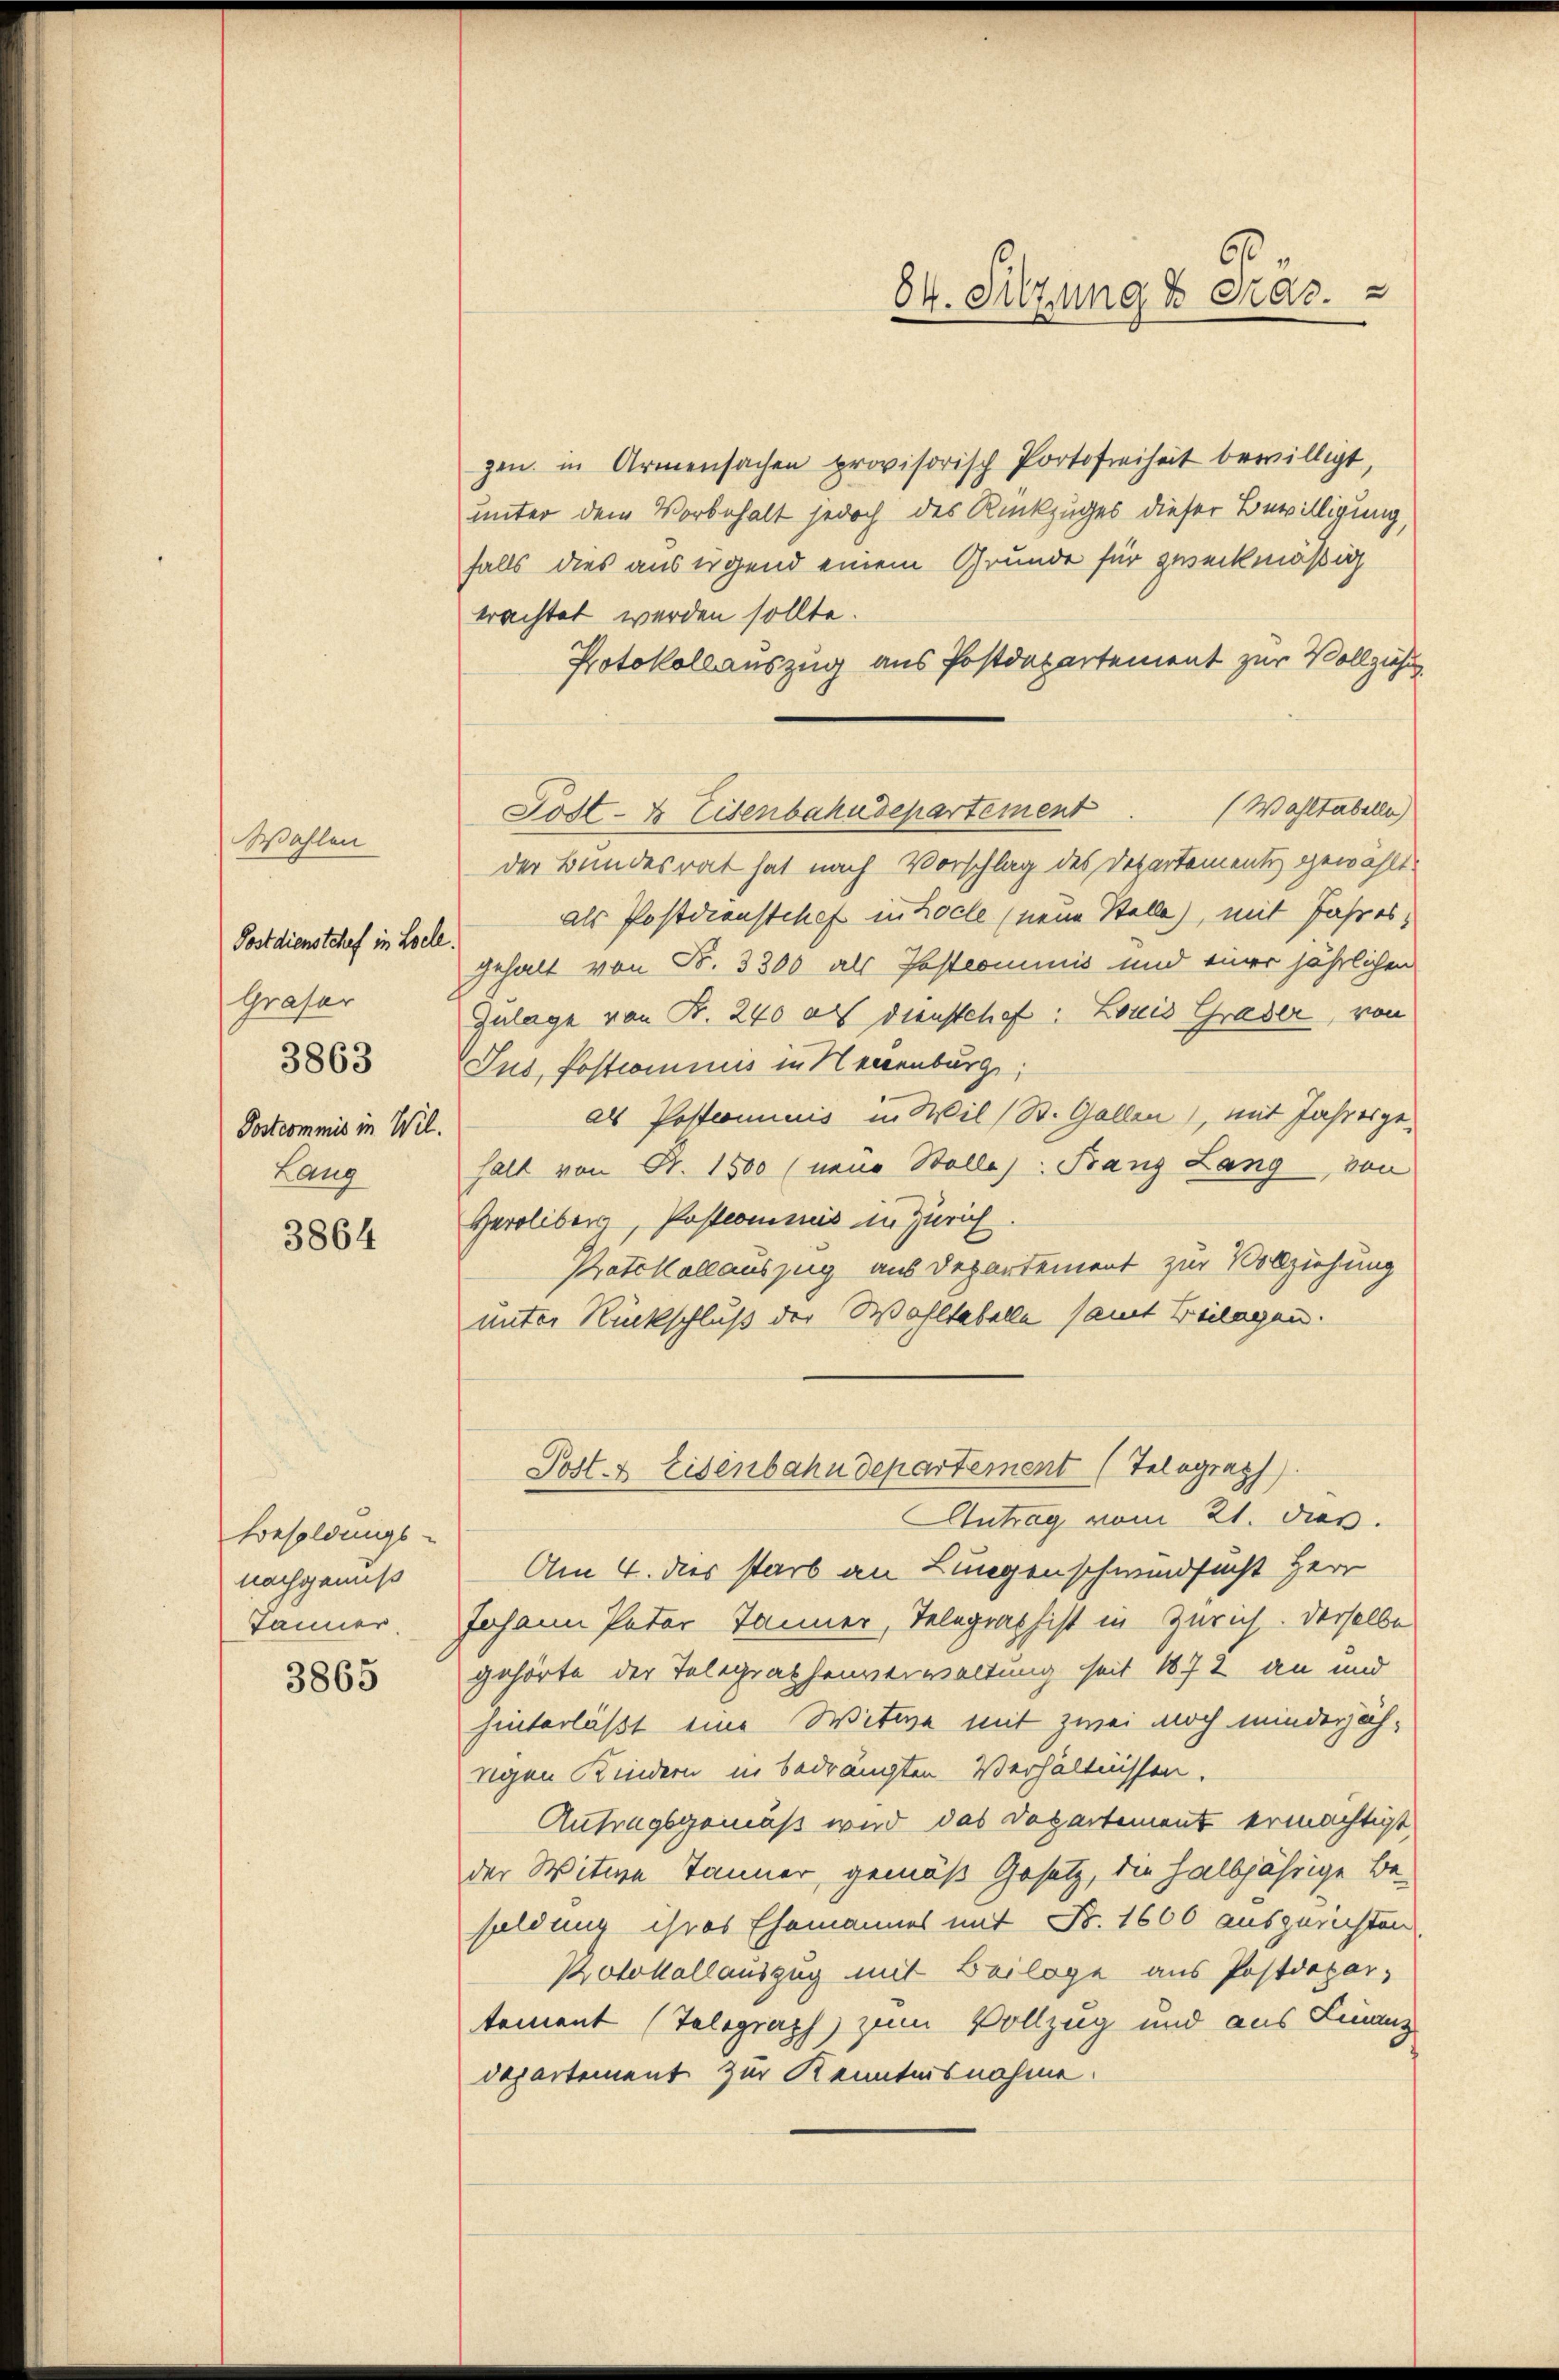
Wahlen
Postdienstchef in Loele.
Grafer
3863
Postcommis in Wil.
Lang

3864

Besoldungs-
nachgenuß
Jänner
3865

gen in Armensachen provisorisch Portofreiheit bewilligt,
unter dem Vorbehalt jedoch des Rückzuges dieser Bewilligung,
falls dies aus irgend einem Grunde für zweckmäßig
trachtet werden sollte.
Protokollauszug aus Postdepartement zur Vollziehu
der Bundesrat hat nach Vorschlag des Departementi gewählt.
als Postdienstchef in Locle (neue Stelle), mit Jahres,
gehalt von Fr. 3300 als Postcommis und einer jährlichen
Zulage von B. 240 als Diensthaft: Louis Grader, von
Jus, Postcomnus in Neuenburg,
als Postcommis in Wil (St. Gallen), mit Jahresgefall von Fr. 1500 (neue Stelle): Franz Lang von
Geroliberg, Postcommis in Zürich.
Protokollauszug aus Departement zur Vollziehung
unter Rückschluß der Wahltabelle samt Beilagen.

84. Sitzung & cras.

Post- & Eisenbahndepartement Waltabelle

Antrag vom 21. dies
Am 4. dies starb an Lungenschwindsucht Herr
Johann Pater Tanner, Telegraphist in Zürich. Derselbe
gehörte der Telegrathenerwaltung seit 1872 an und
hinterläßt eine Witwe mit zwei noch minderjährigen Kindern in bedrängten Verhältnissen.
Antragsgemäß wird das Departement ermächtigt
der Witwe Jänner, gemäß Gesetz, die halbjährige Be-
soldung ihres Ehemannes mit Fr. 1666 ausgerichten
Protokollauszug mit Beilage aus Postdepar-
tement (Telegraph zum Vollzug und aus Finanz
departement zur Kenntnisnahme

Post- & Eisenbahndepartement (Telograph